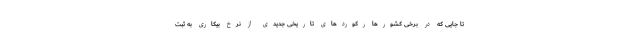
تا جایی که در برخی کشورها رکوردهای تاریخی جدیدی از نرخ بیکاری به ثبت